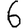
Digit: 6